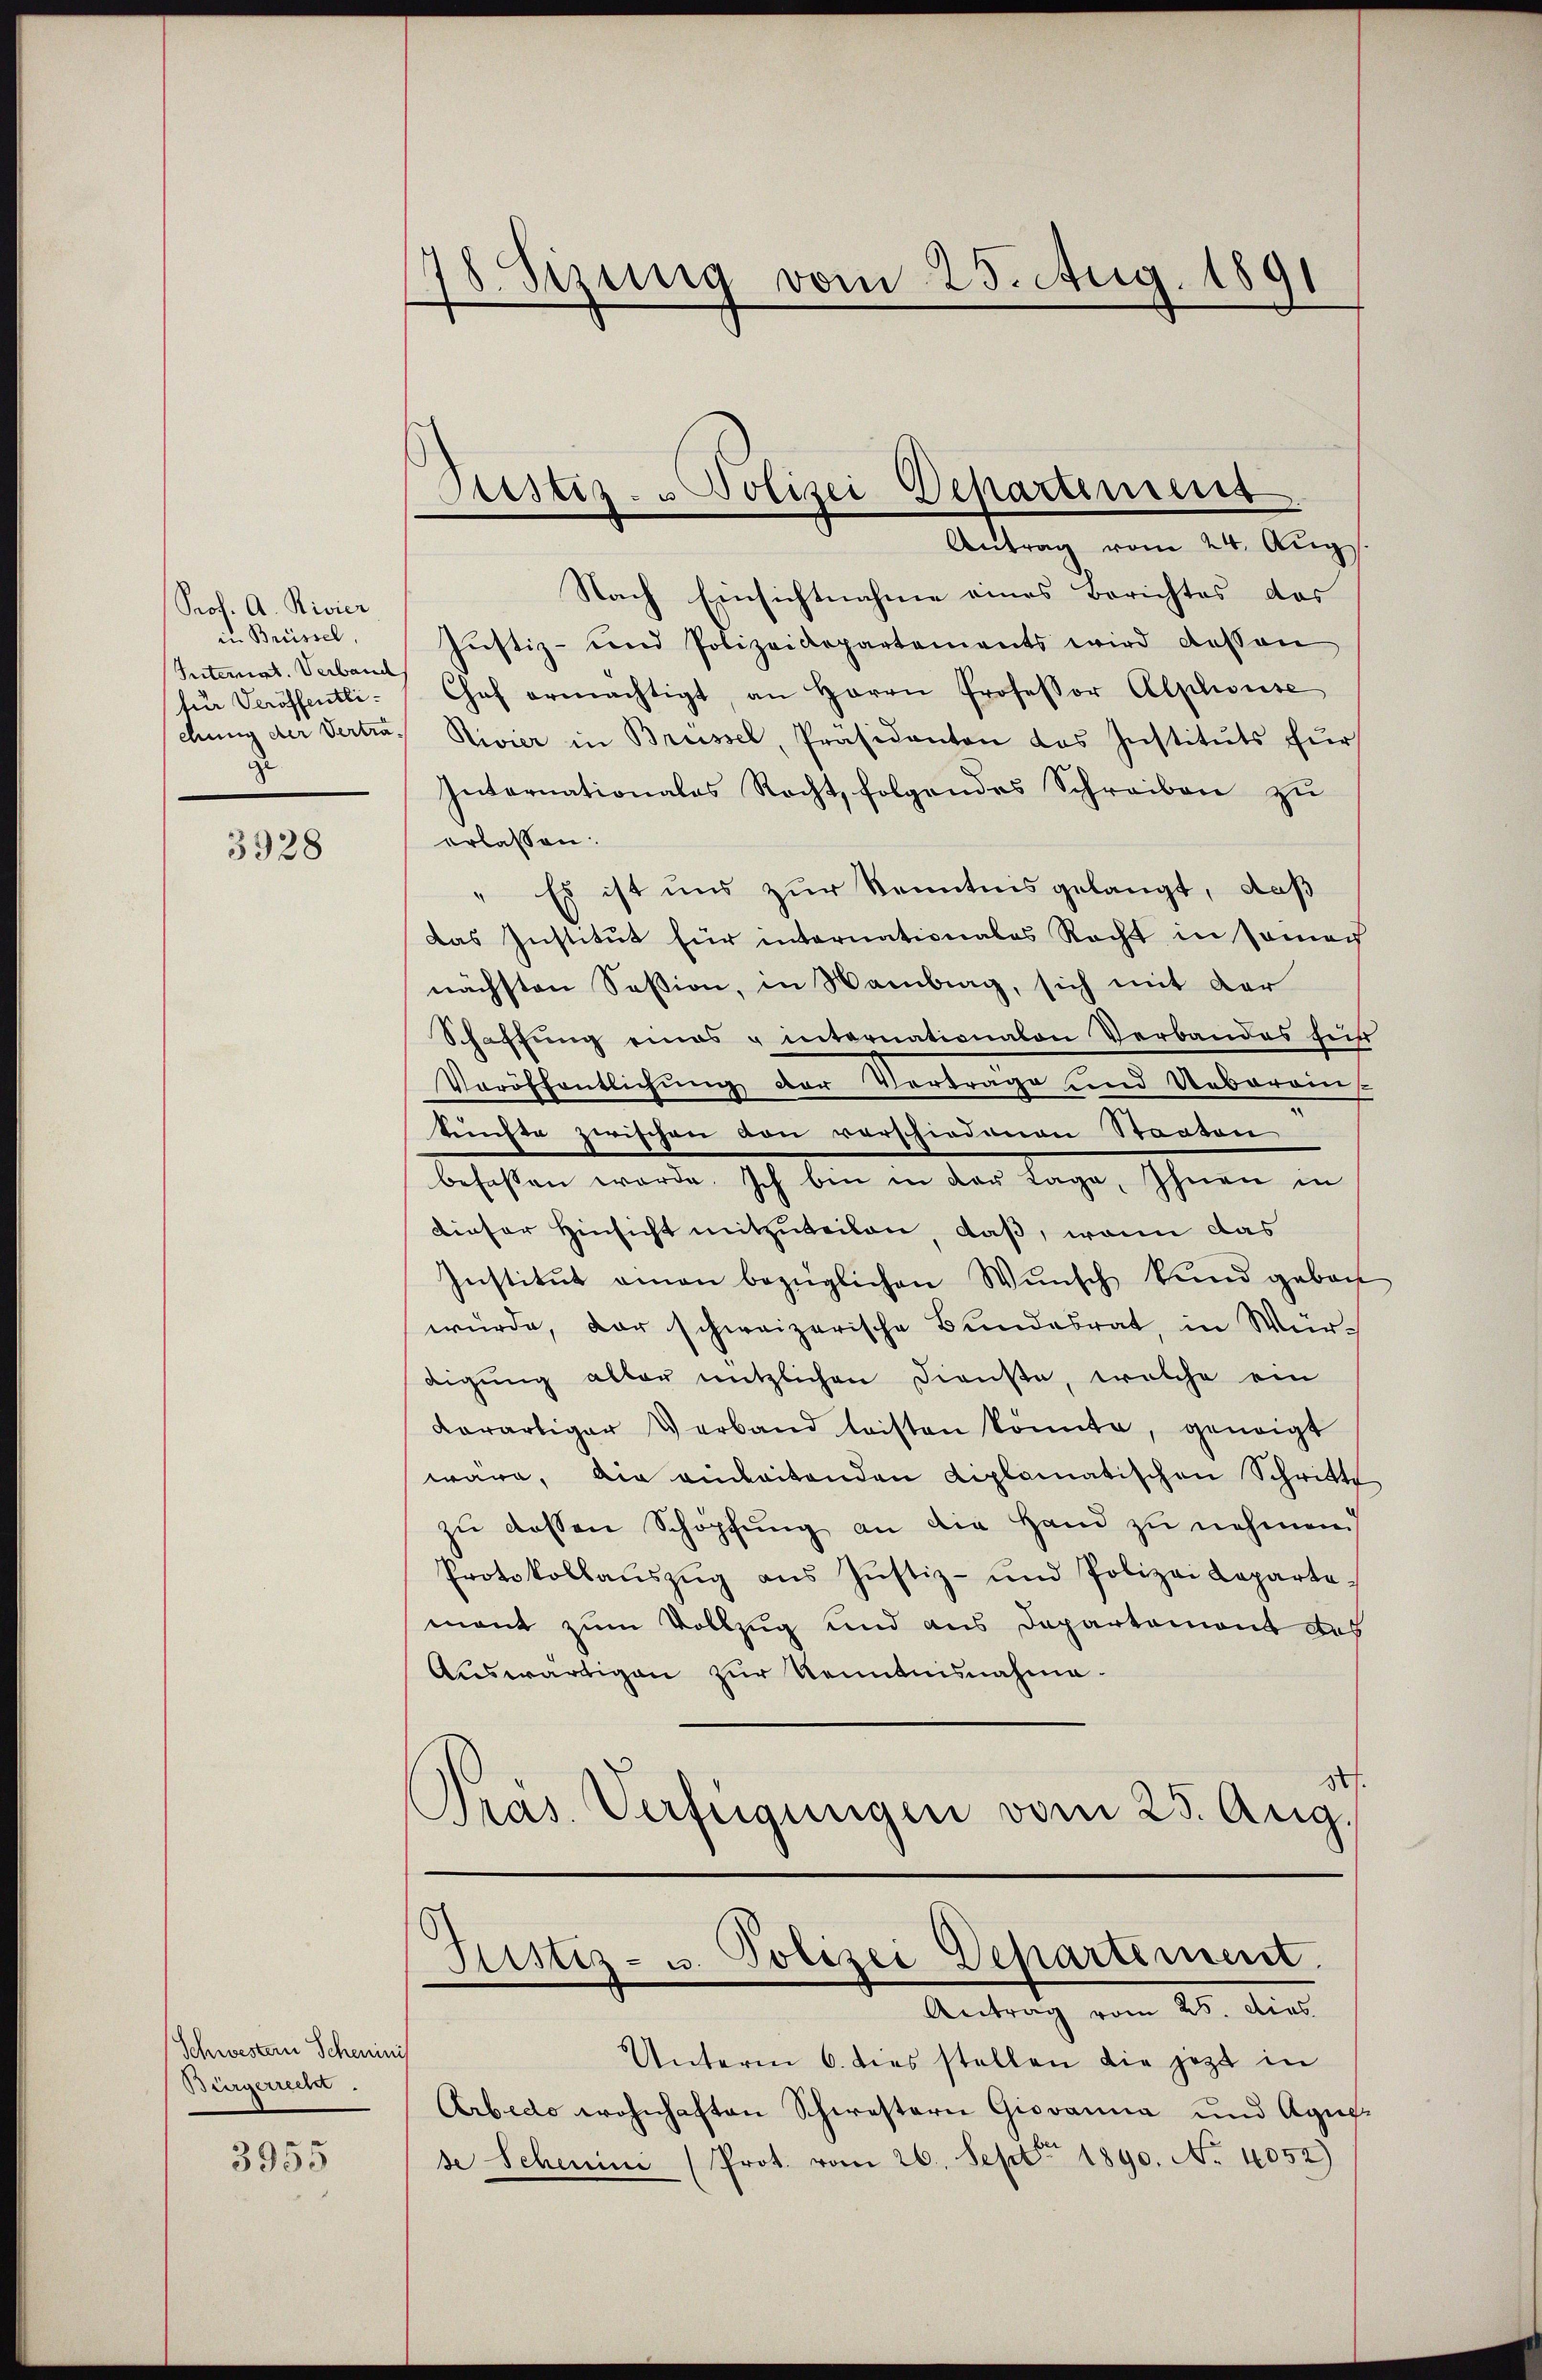
Prof. A. Rivier
in Brüssel,
Interint. Verband

3928

Schwestern Scheinis
Bürgerrecht.
3955

78. Sizung vom 25. Aug. 1891

Nach Einsichtnahme eines Berichtes des
Justiz- und Polizeidepartements wird dessen
für Veröffentli- Chef ermächtigt, an Herrn Professor Alphonse
ehŭng der Vertra, Rivier in Brüssel, Präsidanten das Instituts für
Internationales Recht, folgendes Schreiben zu
erlassen:
" Es ist uns zur Kenntnis gelangt, daß
Das Institut für internationales Recht in Somer
nächsten Session, in Hamburg, sich mit der
Schaffung eines u internationalen Verbandes für
Veröffentlichung der Vertrage und Ueberein
künfte zwischen von vorschiedenen Staaten
befassen werde. Ich bin in der Lage, Ihnen in
dieser Hinsicht mitzuteilen, daß, wenn das
Institut eman bezüglichen Wunsch kund geboch
wurde, der schweizerische Bundesrat, in Würdigung aller nützlichen Dienste, welche ein
derartiger Verband leisten könnte, geneigt
wäre, die einbeitenden diplomatischen Schritte
zu dessen Schöpfung an die Hand zu nehmen.
Protokollaŭszŭg aŭs Jŭstiz- und Polizei Laparta-
mant zum Vollzug und aus Departemont des
Auswärtigen zur Kenntnisnahme.
37.
Pras. Verfügungen vom 25. Aug.

Justiz- u Polizei Departement
Antrag vom 24. Aug.

Justiz- u. Polizei Departement.
Antrag vom 25. dies

Unterm 6. dies stellen die jetzt in
Arbedo wohnhaften Schwestern Giovanna und Agus-
se Schemini (Prot. vom 26. Sept. 1890. No. 4052)